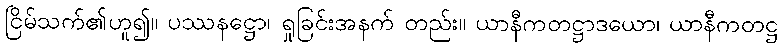
ငြိမ်သက်၏ဟူ၍။ ပဿနဋ္ဌော၊ ရှုခြင်းအနက် တည်း။ ယာနီကတဋ္ဌာဒယော၊ ယာနီကတဋ္ဌ